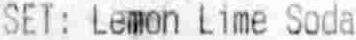
SET: LEMON LIME SODA